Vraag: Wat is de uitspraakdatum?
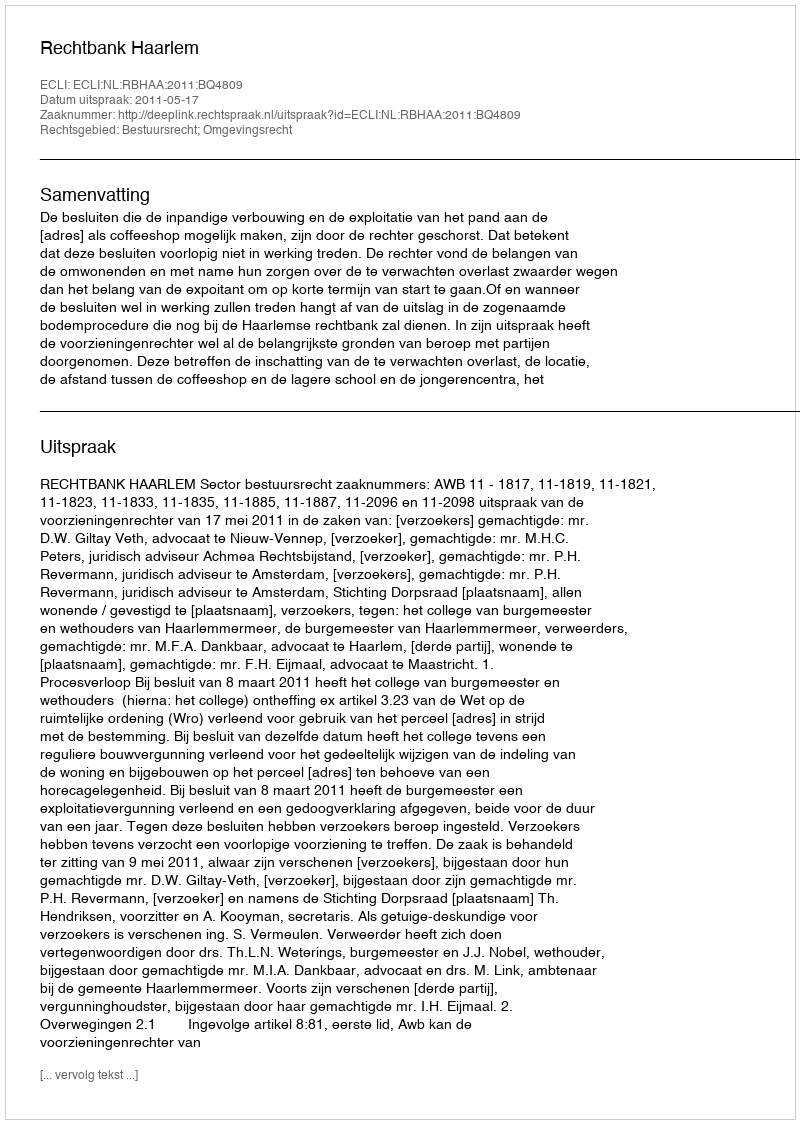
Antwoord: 2011-05-17